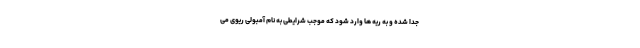
جدا شده و به ریه ها وارد شود که موجب شرایطی به نام آمبولی ریوی می